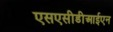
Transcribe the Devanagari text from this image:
एसएसीडीआईएन